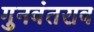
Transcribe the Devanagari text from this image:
गुनवंतराव